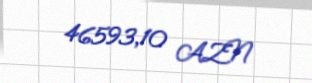
46593,10 AZN